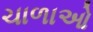
ચાળાઓ